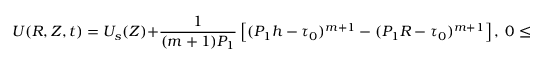
U ( R , Z , t ) = U _ { s } ( Z ) + \frac { 1 } { ( m + 1 ) P _ { 1 } } \left[ ( P _ { 1 } h - \tau _ { 0 } ) ^ { m + 1 } - ( P _ { 1 } R - \tau _ { 0 } ) ^ { m + 1 } \right] , ~ 0 \le R \le h ( Z ) ;